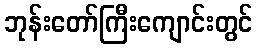
ဘုန်းတော်ကြီးကျောင်းတွင်